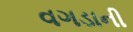
વગડાની